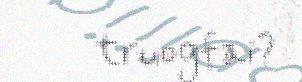
truogfai?